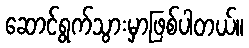
ဆောင်ရွက်သွားမှာဖြစ်ပါတယ်။